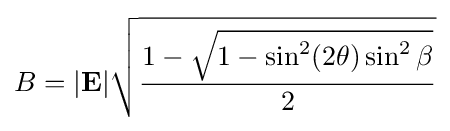
B=|\mathbf {E} |{\sqrt {\frac {1-{\sqrt {1-\sin ^{2}(2\theta )\sin ^{2}\beta }}}{2}}}